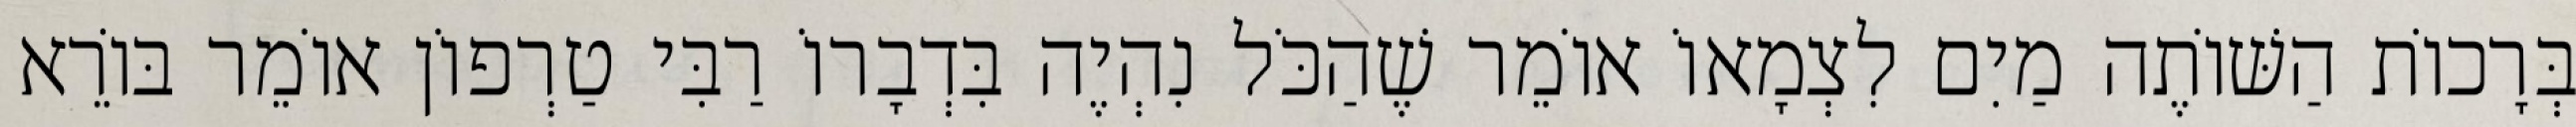
בְּרָכוֹת הַשּׁוֹתֶה מַיִם לִצְמָאוֹ אוֹמֵר שֶׁהַכֹּל נִהְיֶה בִּדְבָרוֹ רַבִּי טַרְפוֹן אוֹמֵר בּוֹרֵא